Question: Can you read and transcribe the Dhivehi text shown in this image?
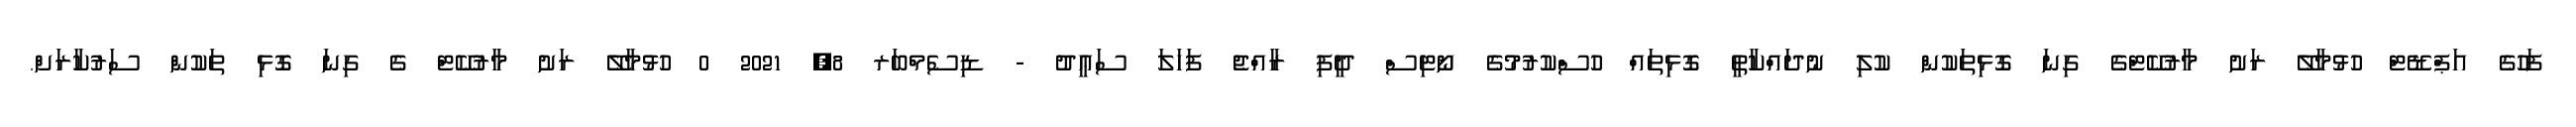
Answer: ފަހުގެ އަޕްޑޭޓް ހުޅުމާލޭ ރަށު މާރުކޭޓްގެ ގިނަ ގޮޅިތަކުން ކުލި ނުދައްކާތީ ގޮޅިތައް ހުސްކުރުމުގެ ނޯޓިސް ދީފި ރާއްޖެ ފަހަލަ ސަޢީދު - ޑިސެމްބަރ 8, 2021 0 ހުޅުމާލޭ ރަށު މާރުކޭޓް ގެ ގިނަ ގޮޅި ތަކުން ސަރުކާރަށް.